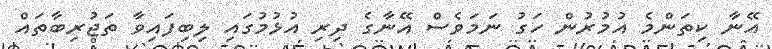
އޭނާ ކިތަންމެ އުމުރުން ހަގު ނަމަވެސް އޭނާގެ ދިރި އުޅުމުގައި ލިބިފައިވާ ތަޖުރިބާތައް